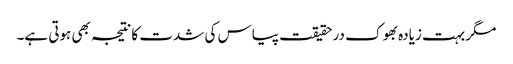
مگر بہت زیادہ بھوک درحقیقت پیاس کی شدت کا نتیجہ بھی ہوتی ہے۔